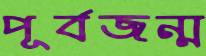
পূর্বজন্ম